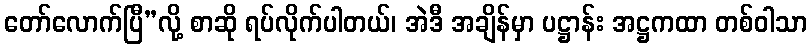
တော်လောက်ပြီ”လို့ စာဆို ရပ်လိုက်ပါတယ်၊ အဲဒီ အချိန်မှာ ပဋ္ဌာန်း အဋ္ဌကထာ တစ်ဝါသာ